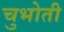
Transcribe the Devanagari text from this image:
चुभोती